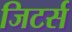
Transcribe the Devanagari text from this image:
जिटर्स